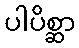
ပါပိစ္ဆာ